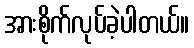
အားစိုက်လုပ်ခဲ့ပါတယ်။